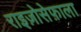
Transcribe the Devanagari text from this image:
राइज़ोसेफ़ाला